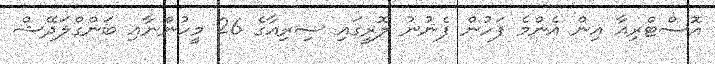
އޮސްޓްރިއާ އިން އެންމެ ފަހުން ފެނުނު ލޮރީގައި ސިރިއާގެ 26 މީހުންނާއި ބަންގްލަދޭޝް